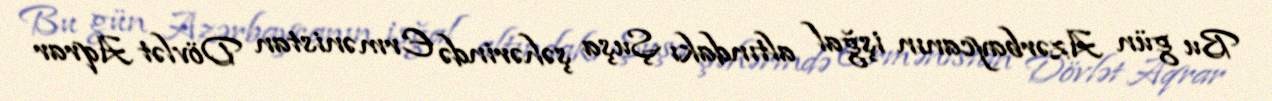
Bu gün Azərbaycanın işğal altındakı Şuşa şəhərində Ermənistan Dövlət Aqrar